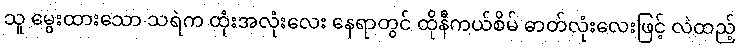
သူ မွေးထားသော သရဲက ထုံးအလုံးလေး နေရာတွင် ထိုနီကယ်စိမ် ဓာတ်လုံးလေးဖြင့် လဲထည့်